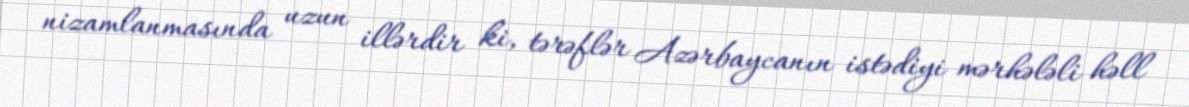
nizamlanmasında uzun illərdir ki, tərəflər Azərbaycanın istədiyi mərhələli həll